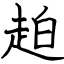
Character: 䞟